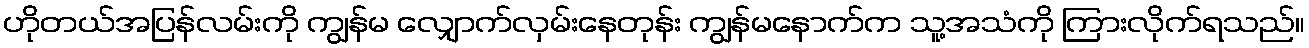
ဟိုတယ်အပြန်လမ်းကို ကျွန်မ လျှောက်လှမ်းနေတုန်း ကျွန်မနောက်က သူ့အသံကို ကြားလိုက်ရသည်။